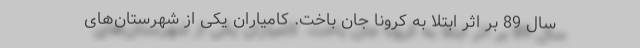
سال 89 بر اثر ابتلا به کرونا جان باخت. کامیاران یکی از شهرستان‌های